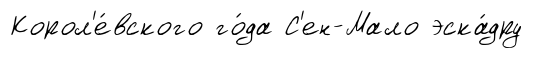
Корол'е́вского го́да С'ен-Мало эска́дру